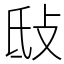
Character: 㪆